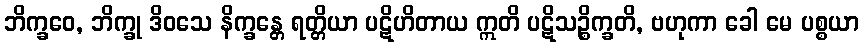
ဘိက္ခဝေ, ဘိက္ခု ဒိဝသေ နိက္ခန္တေ ရတ္တိယာ ပဋိဟိတာယ ဣတိ ပဋိသဉ္စိက္ခတိ, ဗဟုကာ ခေါ မေ ပစ္စယာ